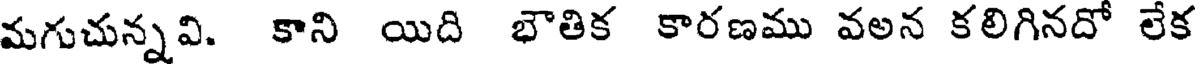
మగుచున్నవి. కాని యిది భౌతిక కారణము వలన కలిగినదో లేక